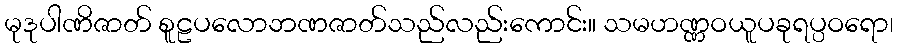
မုဒုပါဏိဇာတ် စူဠပလောဘဏဇာတ်သည်လည်းကောင်း။ သမဟဏ္ဏဝယူပခုရပ္ပဝရော၊